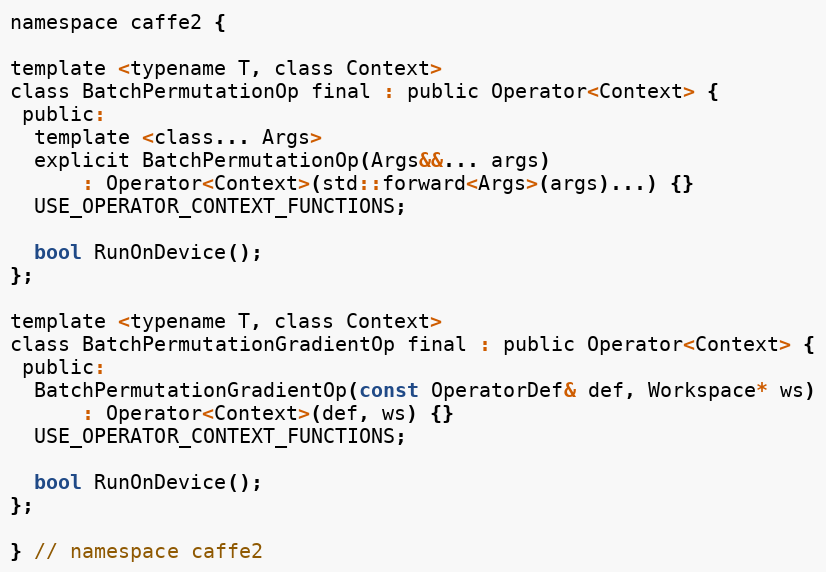
Language: C
namespace caffe2 {

template <typename T, class Context>
class BatchPermutationOp final : public Operator<Context> {
 public:
  template <class... Args>
  explicit BatchPermutationOp(Args&&... args)
      : Operator<Context>(std::forward<Args>(args)...) {}
  USE_OPERATOR_CONTEXT_FUNCTIONS;

  bool RunOnDevice();
};

template <typename T, class Context>
class BatchPermutationGradientOp final : public Operator<Context> {
 public:
  BatchPermutationGradientOp(const OperatorDef& def, Workspace* ws)
      : Operator<Context>(def, ws) {}
  USE_OPERATOR_CONTEXT_FUNCTIONS;

  bool RunOnDevice();
};

} // namespace caffe2